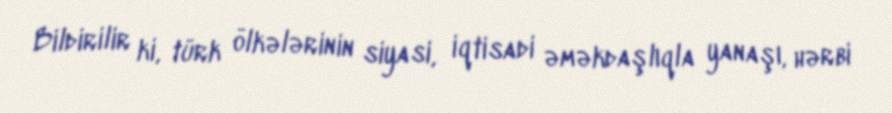
Bildirilir ki, türk ölkələrinin siyasi, iqtisadi əməkdaşlıqla yanaşı, hərbi